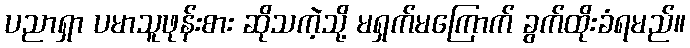
ပညာရှာ ပမာသူဖုန်းစား ဆိုသကဲ့သို့ မရှက်မကြောက် ခွက်ထိုးခံရမည်။